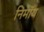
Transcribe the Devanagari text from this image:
निमाॅय